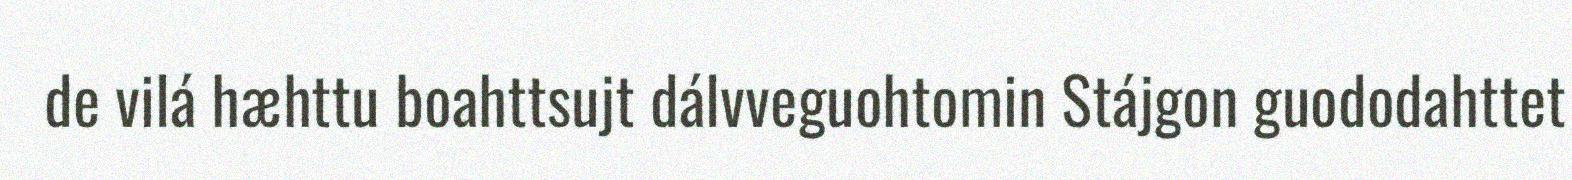
de vilá hæhttu boahttsujt dálvveguohtomin Stájgon guododahttet